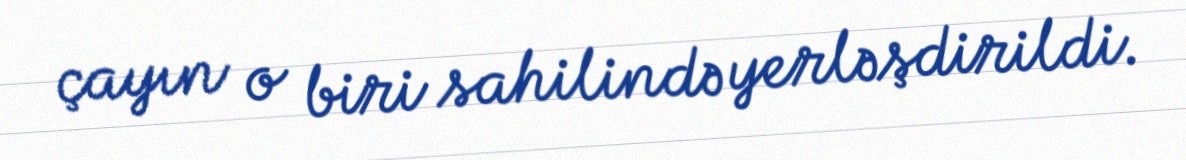
çayın o biri sahilində yerləşdirildi.